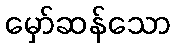
မှော်ဆန်သော